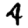
Digit: 4